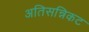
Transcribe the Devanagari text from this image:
अतिसन्निकट